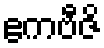
ဧကဗီဇိ